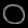
Digit: ၀